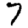
Digit: 7